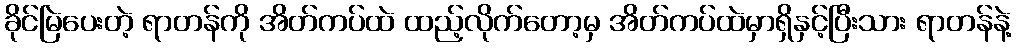
ခိုင်မြဲပေးတဲ့ ရာတန်ကို အိတ်ကပ်ထဲ ထည့်လိုက်တော့မှ အိတ်ကပ်ထဲမှာရှိနှင့်ပြီးသား ရာတန်နဲ့